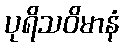
ပုရိသဝိမာနံ